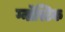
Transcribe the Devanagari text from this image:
ग्नॉस्टिक